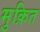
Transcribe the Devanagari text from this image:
मुक़ित